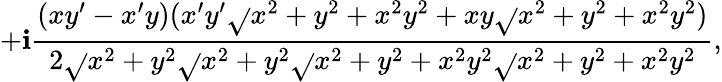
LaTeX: +\mathbf{i}{\frac{{(xy^{\prime}-x^{\prime}y)(x^{\prime}y^{\prime}{\sqrt{}{{x^{2}+y^{2}+x^{2}y^{2}}}}+xy{\sqrt{}{{x^{2}+y^{2}+x^{2}y^{2}}}})}}{{2{\sqrt{}{{x^{2}+y^{2}}}}{\sqrt{}{{x^{2}+y^{2}}}}{\sqrt{}{{x^{2}+y^{2}+x^{2}y^{2}}}}{\sqrt{}{{x^{2}+y^{2}+x^{2}y^{2}}}}}}},